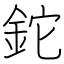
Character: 鉈